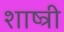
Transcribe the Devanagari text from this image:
शाष्त्री